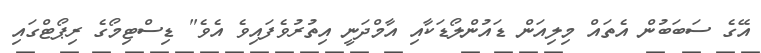
އޭގެ ސަބަބުން އެތައް މިލިއަން ޑައުންލޯޑަކާއި އާމްދަނީ އިތުރުވެފައިވެ އެވެ" ޑިސްޓިމޯގެ ރިޕޯޓްގައި